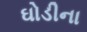
ઘોડીના